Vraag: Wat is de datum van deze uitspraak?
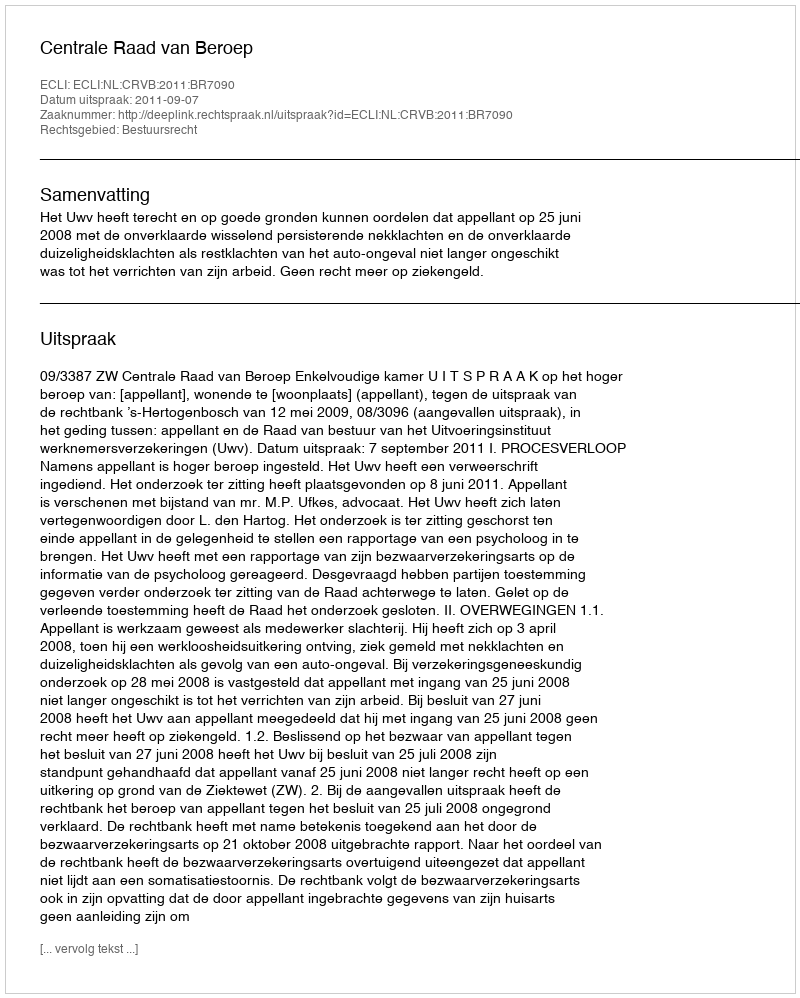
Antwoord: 2011-09-07